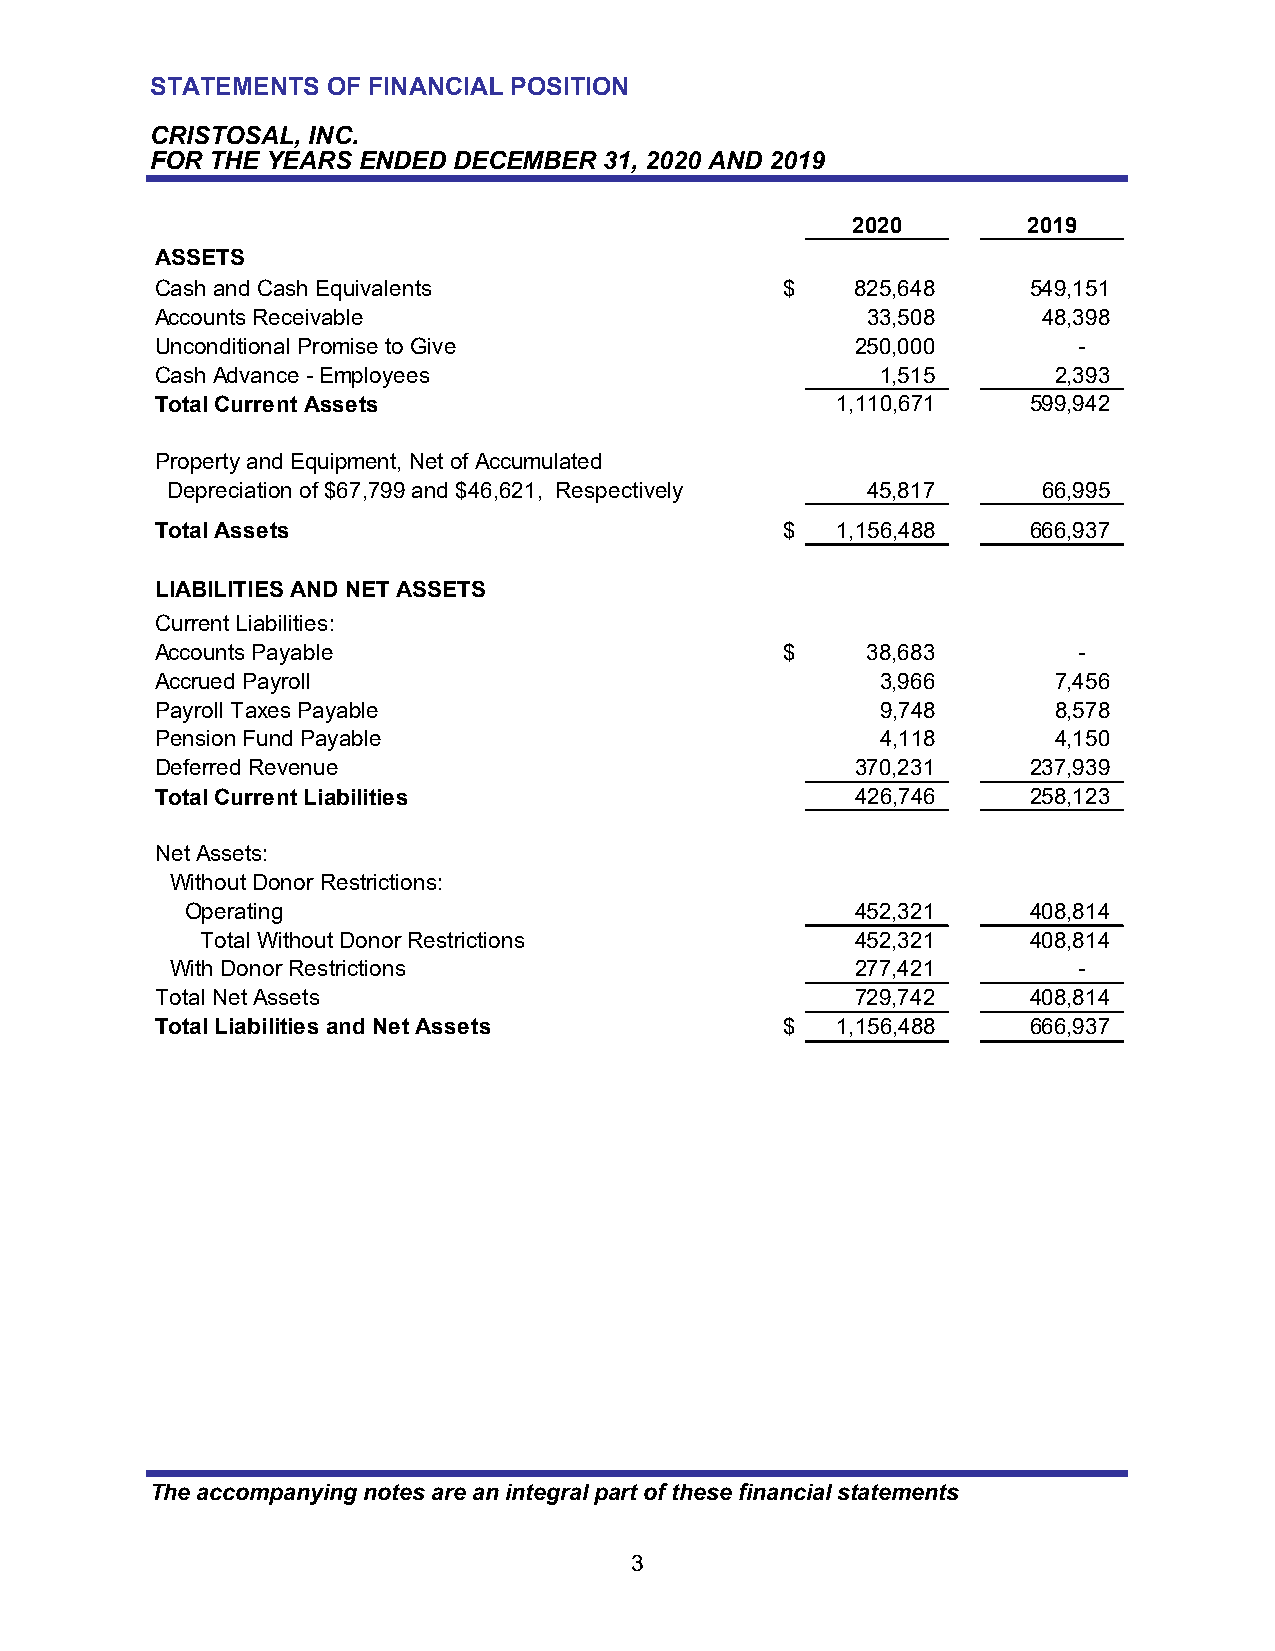
STATEMENTS  OF FINANCIAL POSITION
 CRISTOSAL, INC.
 FOR THE YEARS ENDED DECEMBER  31, 2020 AND 2019
 2020        2019
 ASSETS
 Cash and Cash Equivalents                 $    8 25,648   549,151
 Accounts Receivable                            3 3,508     48,398
 Unconditional Promise to Give                  2 50,000      -
 Cash Advance - Employees                        1 ,515      2 ,393
 Total Current Assets                         1 ,110,671   5 99,942
 Property and Equipment, Net of Accumulated
 Depreciation of $67,799 and $46,621, Respectively 4 5,817 66,995
 Total Assets                              $  1 ,156,488   6 66,937
 LIABILITIES AND NET ASSETS
 Current Liabilities:
 Accounts Payable                          $    3 8,683       -
 Accrued Payroll                                 3 ,966      7 ,456
 Payroll Taxes Payable                           9 ,748      8 ,578
 Pension Fund Payable                            4 ,118      4 ,150
 Deferred Revenue                               3 70,231   237,939
 Total Current Liabilities                      4 26,746   258,123
 Net Assets:
 Without Donor Restrictions:
 Operating                                    4 52,321   408,814
 Total Without Donor Restrictions            4 52,321   408,814
 With Donor Restrictions                       2 77,421      -
 Total Net Assets                               7 29,742   408,814
 Total Liabilities and Net Assets          $  1 ,156,488   6 66,937
 The accompanying notes are an integral part of these financial statements
 3